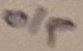
Text: o/p